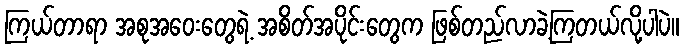
ကြယ်တာရာ အစုအဝေးတွေရဲ့ အစိတ်အပိုင်းတွေက ဖြစ်တည်လာခဲ့ကြတယ်လို့ပါပဲ။